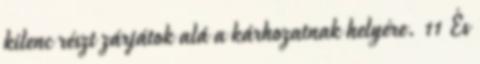
kilenc részt zárjátok alá a kárhozatnak helyére. 11 És